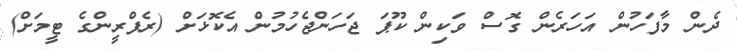
ދެން މާފަހުން އަހަރެން ގޮސް ވަކިން ކޫޕަ ޖަހަންޖެހުމުން އެކޮޅަށް (ރެފްރީންގެ ޓީމަށް)